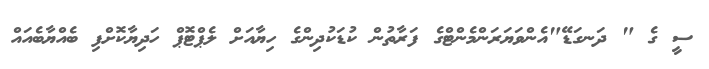
ސީ ގެ " ދަނގަޑޭ"އެންވަޔަރަންމެންޓްގެ ފަރާތުން ކުޑަކުދިންގެ ހިޔާއަށް ލެޕްޓޮޕް ހަދިޔާކޮށްފި ބެއްޔާބެއައް